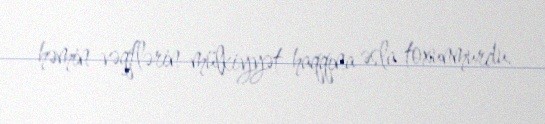
həmin vəqflərin mülkiyyət haqqına əsla toxunmurdu.